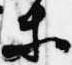
等